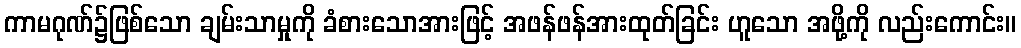
ကာမဂုဏ်၌ဖြစ်သော ချမ်းသာမှုကို ခံစားသောအားဖြင့် အဖန်ဖန်အားထုတ်ခြင်း ဟူသော အဖို့ကို လည်းကောင်း။